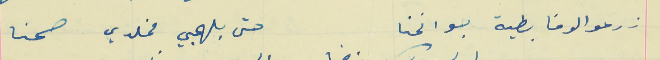
زرعو الوفا بطية جوانحنا                                           حتى بلهجي مخلدي صحنا